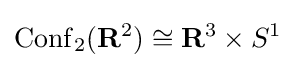
\operatorname {Conf} _{2}(\mathbf {R} ^{2})\cong \mathbf {R} ^{3}\times S^{1}